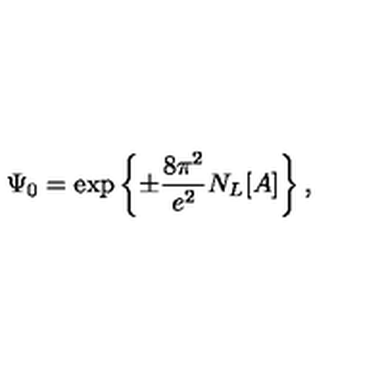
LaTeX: \Psi _ { 0 } = \exp \left\{ \pm \frac { 8 \pi ^ { 2 } } { e ^ { 2 } } N _ { L } [ A ] \right\} ,